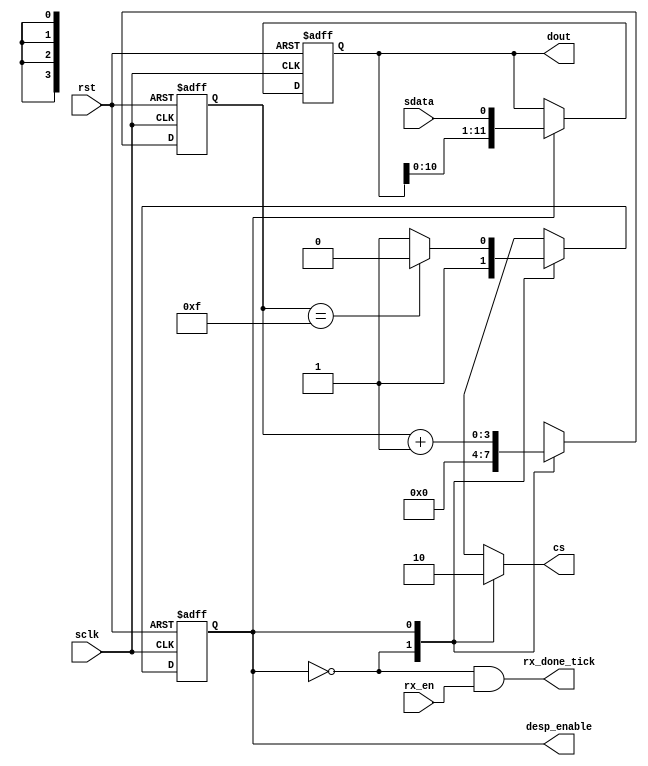
`timescale 1ns / 1ps
//////////////////////////////////////////////////////////////////////////////////
// Company: Tecnolgico de Costa Rica
//
// Design Name:
// Module Name: Receive_ADC
// Project Name:
// Target Devices:
// Tool versions:
// Description:
//
// Dependencies:
//
// Revision:
// Revision 0.01 - File Created
// Additional Comments:
//
//////////////////////////////////////////////////////////////////////////////////
module Receive_adc(
	input wire sclk, rst,
	input wire sdata, rx_en,
	output wire rx_done_tick,
	output wire [11:0] dout,
	output reg cs,
	output wire desp_enable
);

reg [11:0] reg_desp, reg_desp_next;


//Registro serial-paralelo
//Begin
always@(negedge sclk, posedge rst)
begin
	if(rst)
		reg_desp <= 12'h800;
	else
		reg_desp <= reg_desp_next;
end

always@*
begin
	reg_desp_next = reg_desp;
	if(desp_enable)
		reg_desp_next = {reg_desp[10:0],sdata};
end


//End

reg state,state_next;
//wire desp_enable;
reg [3:0] counter, counter_next;

always@(posedge sclk, posedge rst)
	if(rst)
	begin
		state <= 1'b0;
		counter <= 4'b0;
	end
	else
	begin
		state <= state_next;
		counter <=counter_next;
	end

always@*
begin
	state_next = state;
	counter_next = 4'b0;
	cs = 1'b0;
	case(state)
		1'b0:
			begin
				cs = 1'b1;
				state_next=1'b1;
			end
		1'b1:
			begin
				counter_next = counter + 1'b1;
				if(counter==4'd15)
				begin
					state_next = 1'b0;
				end
			end
	endcase		
end

assign desp_enable = state;
assign rx_done_tick = ~state & rx_en;
assign dout = reg_desp;

endmodule